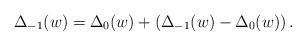
LaTeX: \begin{align*} \Delta_{-1}(w)=\Delta_0(w) + \left( \Delta_{-1}(w)-\Delta_0(w) \right). \end{align*}